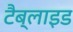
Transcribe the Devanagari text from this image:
टैब्लाइड